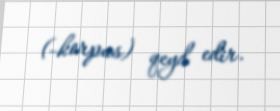
(-korpus) qeyd edir.